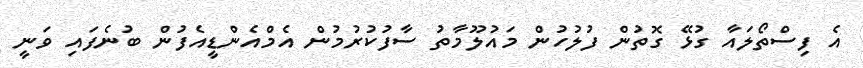
އެ ފިސްތޯލައާ ގުޅޭ ގޮތުން ފުލުހުން މައުލޫމާތު ސާފުކުރުމުން އެމްއެންޑީއެފުން ބުނެފައި ވަނީ